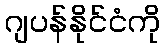
ဂျပန်နိုင်ငံကို